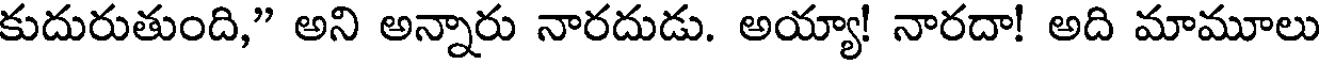
కుదురుతుంది," అని అన్నారు నారదుడు. అయ్యా! నారదా! అది మామూలు